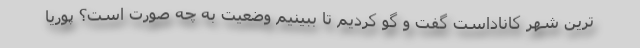
ترین شهر کاناداست گفت و گو کردیم تا ببینیم وضعیت به چه صورت است؟ پوریا